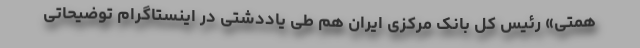
همتی» رئیس کل بانک مرکزی ایران هم طی یاددشتی در اینستاگرام توضیحاتی